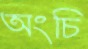
অংচি